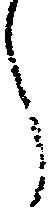
し